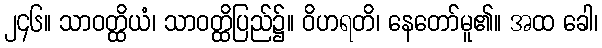
၂၄၆။ သာဝတ္ထိယံ၊ သာဝတ္ထိပြည်၌။ ဝိဟရတိ၊ နေတော်မူ၏။ အထ ခေါ၊